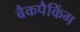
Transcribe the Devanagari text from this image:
बैकपैकिंग